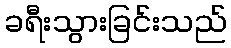
ခရီးသွားခြင်းသည်